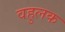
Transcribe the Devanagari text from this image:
वहुलक